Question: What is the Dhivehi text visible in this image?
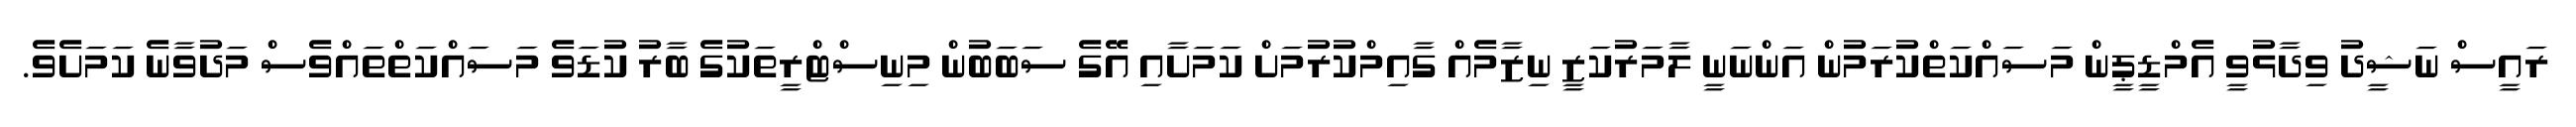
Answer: ރައީސް ނަޝީދު ވިދާޅުވީ އެމްޑީޕީން މަސައްކަތްކުރަމުން އަންނަނީ ލާމަރުކަޒީ ނިޒާމެއް ގާއިމްކުރުމަށް ކަމަށާއި އޭގެ ސަބަބުން މިނިސްޓްރީތަކުގެ ބާރު ކުޑަވެ މަސައްކަތްތައްވެސް މަދުވާނެ ކަމަށެވެ.